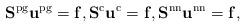
LaTeX: \begin{align*}\mathbf{S}^\mathrm{pg} \mathbf{u}^\mathrm{pg} = \mathbf{f},\mathbf{S}^\mathrm{c} \mathbf{u}^\mathrm{c} = \mathbf{f},\mathbf{S}^\mathrm{nn} \mathbf{u}^\mathrm{nn} = \mathbf{f},\end{align*}